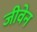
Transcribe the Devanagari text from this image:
जीवेन